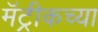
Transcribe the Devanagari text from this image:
मॅट्रीकच्या